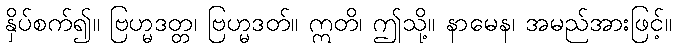
နှိပ်စက်၍။ ဗြဟ္မဒတ္တ၊ ဗြဟ္မဒတ်။ ဣတိ၊ ဤသို့။ နာမေန၊ အမည်အားဖြင့်။